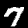
Digit: 7